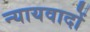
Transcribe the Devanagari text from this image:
न्यायवादों